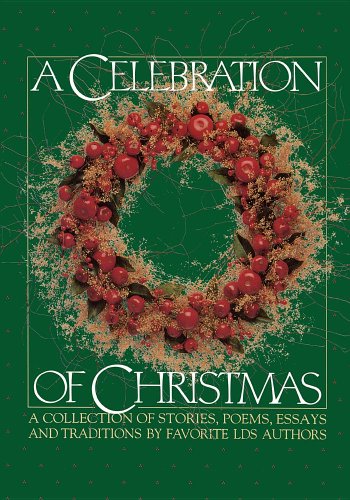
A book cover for A Celebration of Christmas: A Collection of Stories, Poems, Essays, and Traditions by Favorite Lds Authors.; Deseret Book Company; Politics & Social Sciences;